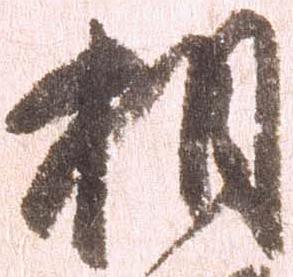
相